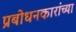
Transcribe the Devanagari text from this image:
प्रबोधनकारांच्या